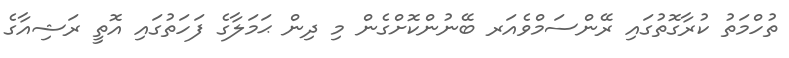
ތުހްމަތު ކުރާގޮތުގައި ރޭންސަމްވެއަރ ބޭނުންކޮށްގެން މި ދިން ޙަމަލާގެ ފަހަތުގައި އޮތީ ރަޝިއާގެ